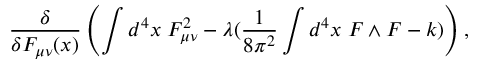
\frac { \delta } { \delta F _ { \mu \nu } ( x ) } \left( \int d ^ { 4 } x \; F _ { \mu \nu } ^ { 2 } - \lambda ( \frac { 1 } { 8 \pi ^ { 2 } } \int d ^ { 4 } x \; F \wedge F - k ) \right) ,